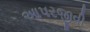
આપરજીવી